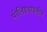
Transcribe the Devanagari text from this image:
पोलिइथाइलीन